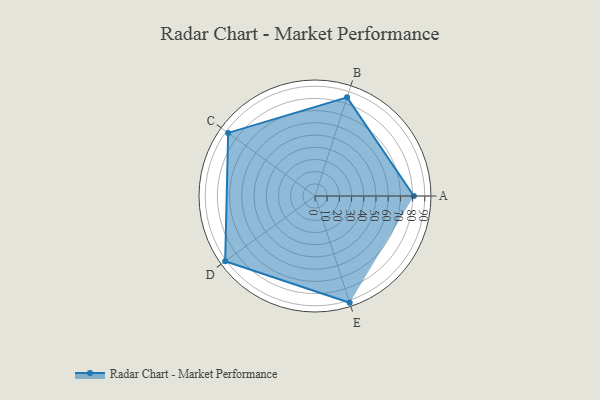
{"axis": {"x": "Skill", "y": "Score"}, "legend": ["Profile"], "data": [{"x": "A", "y": 81.0, "type": "Profile"}, {"x": "B", "y": 85.0, "type": "Profile"}, {"x": "C", "y": 88.0, "type": "Profile"}, {"x": "D", "y": 91.0, "type": "Profile"}, {"x": "E", "y": 92.0, "type": "Profile"}]}